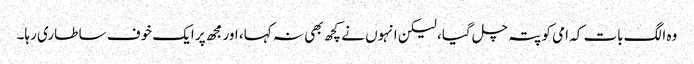
وہ الگ بات کہ امی کو پتہ چل گیا، لیکن انہوں نے کچھ بھی نہ کہا، اور مجھ پر ایک خوف سا طاری رہا۔